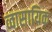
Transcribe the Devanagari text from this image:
व्वासायिक